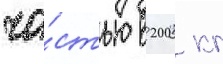
ча́стью в 200 кг